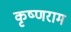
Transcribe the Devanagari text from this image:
कृष्णराम